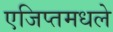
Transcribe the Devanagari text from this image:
एजिप्तमधले